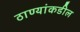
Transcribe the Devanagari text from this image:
ठाण्यांकडील